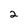
Character: 2